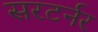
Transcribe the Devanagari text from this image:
सरटर्नर